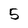
Character: 5